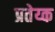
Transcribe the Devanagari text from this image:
प्रतेय्क